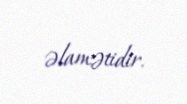
əlamətidir.